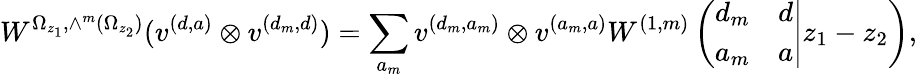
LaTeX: W^{\Omega_{z_{1}},\wedge^{m}(\Omega_{z_{2}})}(v^{(d,a)}\otimes v^{(d_{m},d)})=\sum_{a_{m}}v^{(d_{m},a_{m})}\otimes v^{(a_{m},a)}W^{(1,m)}\left(\left.\begin{array}{cc}{{d_{m}}}&{{d}}\\ {{a_{m}}}&{{a}}\end{array}\right|z_{1}-z_{2}\right),